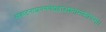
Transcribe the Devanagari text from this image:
संकटनाशनगणेशद्वादशनामस्तोत्रम्।।